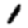
Digit: 1